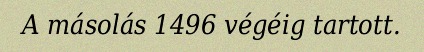
A másolás 1496 végéig tartott.